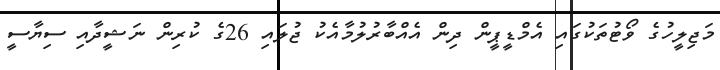
މަޖިލީހުގެ ވޯޓުތަކުގައި އެމްޑީޕީން ދިން އެއްބާރުލުމާއެކު ޖުލައި 26ގެ ކުރިން ނަޝީދާއި ސިޔާސީ